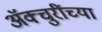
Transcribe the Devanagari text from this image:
ॲक्चुरींच्या